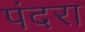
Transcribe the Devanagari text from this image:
पंदरा